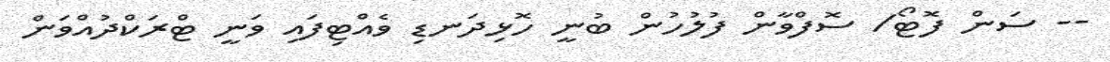
-- ސަން ފޮޓޯ/ ސޮފްވާން ފުލުހުން ބުނީ ހޮޅިދަނޑި ވެއްޓިފައި ވަނީ ޓްރަކްދުއްވަން